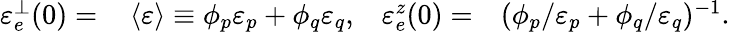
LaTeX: \begin{array}{rlrl}{\mathinner{\varepsilon_{e}^{\perp}\mathopen{\left(0\right)}}=}&{{}\left\langle\varepsilon\right\rangle\equiv\phi_{p}\varepsilon_{p}+\phi_{q}\varepsilon_{q},}&{\mathinner{\varepsilon_{e}^{z}\mathopen{\left(0\right)}}=}&{{}(\phi_{p}/\varepsilon_{p}+\phi_{q}/\varepsilon_{q})^{-1}.}\end{array}